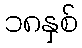
၁၈နှစ်